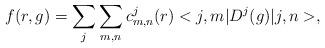
LaTeX: \begin{align*}f(r,g)=\sum_{j}\sum_{m,n}c^{j}_{m,n}(r)<j,m|D^{j}(g)|j,n>,\end{align*}